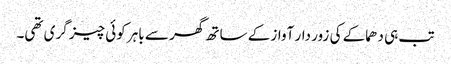
تب ہی دھماکے کی زور دار آواز کے ساتھ گھر سے باہر کوئی چیز گری تھی۔